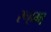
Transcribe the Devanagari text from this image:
रूहमा